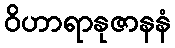
ဝိဟာရာနုဇာနနံ